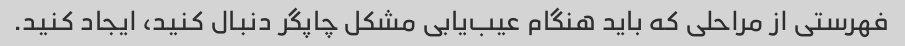
فهرستی از مراحلی که باید هنگام عیب‌یابی مشکل چاپگر دنبال کنید، ایجاد کنید.